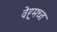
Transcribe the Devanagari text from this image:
वेह्र्मच्त